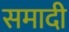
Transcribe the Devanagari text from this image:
समादी